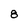
Character: 8